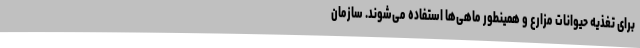
برای تغذیه حیوانات مزارع و همینطور ماهی‌ها استفاده می‌شوند. سازمان